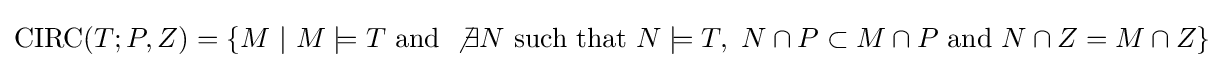
{\text{CIRC}}(T;P,Z)=\{M~|~M\models T{\text{ and }}\not \exists N{\text{ such that }}N\models T,~N\cap P\subset M\cap P{\text{ and }}N\cap Z=M\cap Z\}